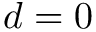
d = 0